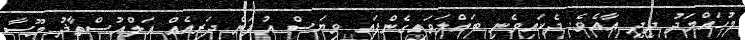
މުޙައްމަދު ދީދީ އާއެވެ. ދެކައިވެނި ބައްލަވައިގެންފައި ވިޔަސް އުފަން ދަރިއެއް އަލްއުސްތާޛު މޫސާ